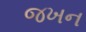
જખન